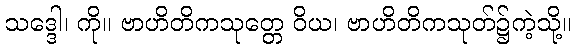
သဒ္ဒေါ၊ ကို။ ဗာဟိတိကသုတ္တေ ဝိယ၊ ဗာဟိတိကသုတ်၌ကဲ့သို့။